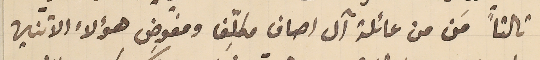
ثالثاً مَن من عائلة آل اصاف مكلِّف ومفوِض هؤلاء الاثنين